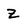
Character: z